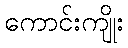
ကောင်းကျိုး